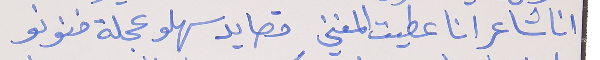
انا شاعر انا عطيت المغني      قصايد سهلو عجلة فونو